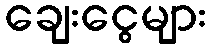
ချေးငွေများ